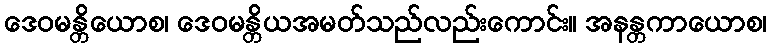
ဒေဝမန္တိယောစ၊ ဒေဝမန္တိယအမတ်သည်လည်းကောင်း။ အနန္တကာယောစ၊